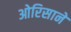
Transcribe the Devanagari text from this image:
ओरिसाने